Annual administration and progress report of the Indian Medical Department, Bombay
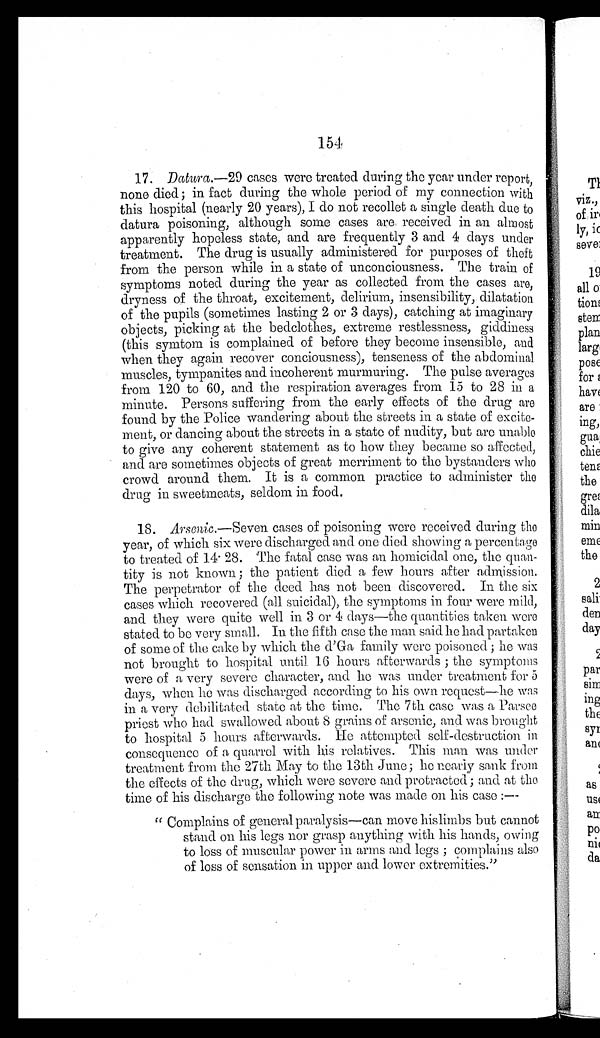
154
17. Datura .-29 cases were treated during the year under report,
none died ; in fact during the whole period of my connection with
this hospital (nearly 20 years), I do not recollet a single death due to
datura poisoning, although some cases are received in an almost
apparently hopeless state, and are frequently 3 and 4 days under
treatment. The drug is usually administered for purposes of theft
from the person while in a state of unconciousness. The train of
symptoms noted during the year as collected from the cases are,
dryness of the throat, excitement, delirium, insensibility, dilatation
of the pupils (sometimes lasting 2 or 3 days), catching at imaginary
objects, picking at the bedclothes, extreme restlessness, giddiness
(this symtom is complained of before they become insensible, and
when they again recover conciousness), tenseness of the abdominal
muscles, tympanites and incoherent murmuring. The pulse averages
from 120 to 60, and the respiration averages from 15 to 28 in a
minute. Persons suffering from the early effects of the drug are
found by the Police wandering about the streets in a state of excite
- m e n t , o r d a n c i n g a b o u t t h e s t r e e t s i n a s t a t e o f n u d i t y , b u t a r e u n a b l e
to give any coherent statement as to how they became so affected,
and are sometimes objects of great merriment to the bystanders who
crowd around them. It is a common practice to administer the
drug in sweetmeats, seldom in food.
18. Arsenic.— Seven cases of poisoning were received during the
year, of which six were discharged and one died showing a percentage
to treated of 14.28. The fatal case was an homicidal one, the quan-
- t i t y i s n o t k n o w n ; t h e p a t i e n t d i e d a f e w h o u r s a f t e r a d m i s s i o n .
The perpetrator of the deed has not been discovered. In the six
cases which recovered (all suicidal), the symptoms in four were mild,
and they were quite well in 3 or 4 days—the quantities taken were
stated to be very small. In the fifth case the man said he had partaken
of some of the cake by which the d'Ga family were poisoned ; he was
not brought to hospital until 16 hours afterwards ; the symptoms
were of a very severe character, and he was under treatment for 5
days, when he was discharged according to his own request—he was
in a very debilitated state at the time. The 7th case was a Parsee
priest who had swallowed about 8 grains of arsenic, and was brought
to hospital 5 hours afterwards. He attempted self-destruction in
consequence of a quarrel with his relatives. This man was under
treatment from the 27th May to the 13th June ; he nearly sank from
the effects of the drug, which were severe and protracted; and at the
time of his discharge the following note was made on his case :—
" C o m p l a i n s o f g e n e r a l p a r a l y s i s — c a n m o v e h i s l i m b s b u t c a n n o t
stand on his legs nor grasp anything with his hands, owing
to loss of muscular power in arms and legs ; complains also
of loss of sens ation in upper and lower extremities."